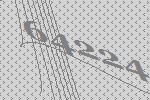
64224